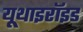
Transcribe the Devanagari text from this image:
यूथाइरॉइड